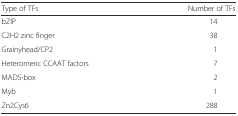
| Type of TFs | Number of TFs |
 | --- | --- |
 | bZIP | 14 |
 | C2H2 zinc finger | 38 |
 | Grainyhead/CP2 | 1 |
 | Heteromeric CCAAT factors | 7 |
 | MADS-box | 2 |
 | Myb | 1 |
 | Zn2Cys6 | 288 |